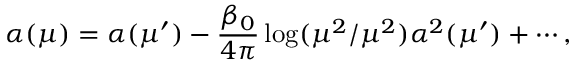
\alpha ( \mu ) = \alpha ( \mu ^ { \prime } ) - \frac { \beta _ { 0 } } { 4 \pi } \log ( \mu ^ { 2 } / \mu ^ { 2 } ) \alpha ^ { 2 } ( \mu ^ { \prime } ) + \cdots ,